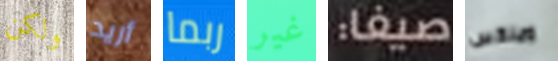
ولكن أريد ربما غير صيفا: ويلكس